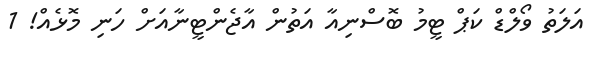
އަލަތު ވޯލްޑް ކަޕް ޓީމު ބޮސްނިއާ އަތުން އާޖެންޓީނާއަށް ހަނި މޮޅެއް! 1